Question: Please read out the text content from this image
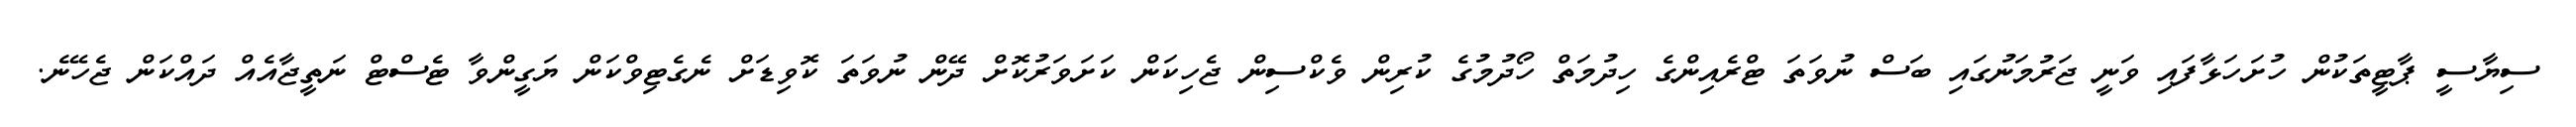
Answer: ސިޔާސީ ޕާޓީތަކުން ހުށަހަޅާފައި ވަނީ ޖަރުމަނުގައި ބަސް ނުވަތަ ޓްރެއިންގެ ހިދުމަތް ހޯދުމުގެ ކުރިން ވެކްސިން ޖެހިކަން ކަށަވަރުކޮށް ދޭން ނުވަތަ ކޮވިޑަށް ނެގެޓިވްކަން ޔަގީންވާ ޓެސްޓް ނަތީޖާއެއް ދައްކަން ޖެހޭނެ.